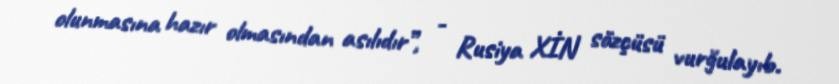
olunmasına hazır olmasından asılıdır”, - Rusiya XİN sözçüsü vurğulayıb.